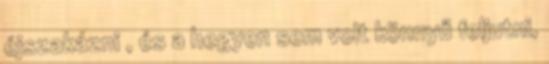
éjszakázni , és a hegyen sem volt könnyű feljutni,